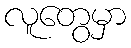
လူတွေမှာ